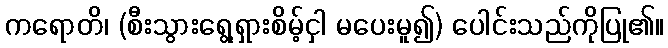
ကရောတိ၊ (စီးသွားရွေ့ရှားစိမ့်ငှါ မပေးမူ၍) ပေါင်းသည်ကိုပြု၏။